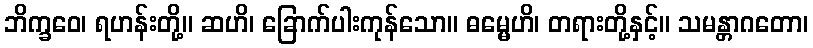
ဘိက္ခဝေ၊ ရဟန်းတို့။ ဆဟိ၊ ခြောက်ပါးကုန်သော။ ဓမ္မေဟိ၊ တရားတို့နှင့်။ သမန္တာဂတော၊